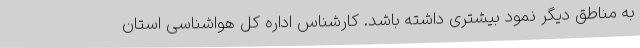
به مناطق دیگر نمود بیشتری داشته باشد. کارشناس اداره کل هواشناسی استان